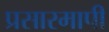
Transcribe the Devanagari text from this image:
प्रसारमापी